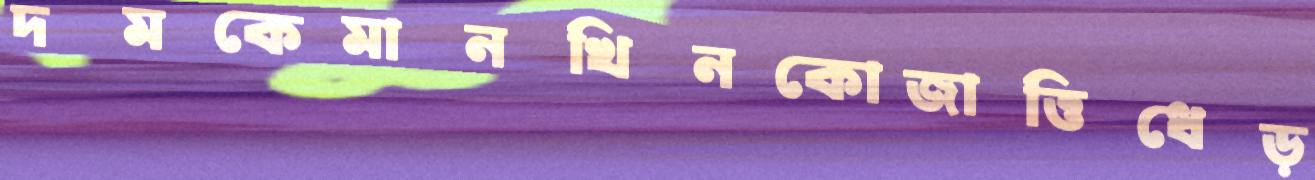
দমকেমানখিনকোজাত্তিধেড়